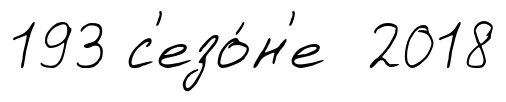
193 с'езо́н'е 2018